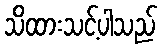
သိထားသင့်ပါသည်